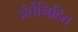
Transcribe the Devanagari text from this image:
अंर्तनिहित